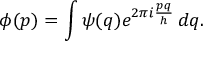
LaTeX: \phi ( p ) = \int \psi ( q ) e ^ { 2 \pi i { \frac { p q } { h } } } \, d q .